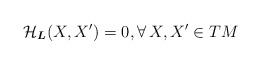
\begin{align*} \mathcal{H}_{\boldsymbol{L}}(X, X')= 0, \forall\, X, X' \in TM\end{align*}